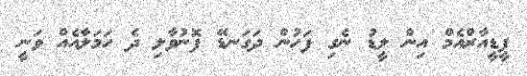
ޕީޑީއާރްއެމް އިން ލީޑު ނެގި ފަހުން ދަގަނޑޭ ފޮނުވާލި ދެ ހަމަލާއެއް ވަނީ